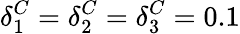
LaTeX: \delta_{1}^{C}=\delta_{2}^{C}=\delta_{3}^{C}=0.1